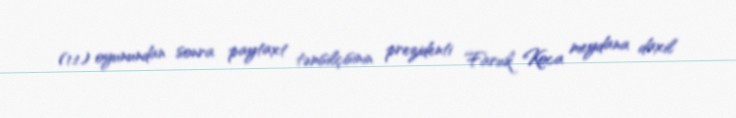
(1:1) oyunundan sonra paytaxt təmsilçisinin prezidenti Faruk Koca meydana daxil